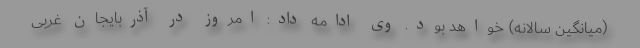
(میانگین سالانه) خواهد بود. وی ادامه داد: امروز در آذربایجان غربی